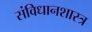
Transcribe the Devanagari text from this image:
संविधानशास्त्र